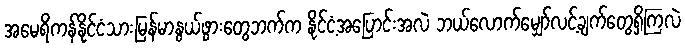
အမေရိကန်နိုင်ငံသားမြန်မာနွယ်ဖွားတွေဘက်က နိုင်ငံ့အပြောင်းအလဲ ဘယ်လောက်မျှော်လင့်ချက်တွေရှိကြလဲ